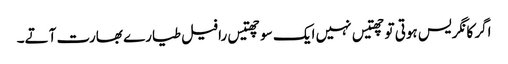
اگر کانگریس ہوتی تو چھتیس نہیں ایک سو چھتیس رافیل طیارے بھارت آتے۔